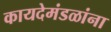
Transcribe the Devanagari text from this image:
कायदेमंडळांना